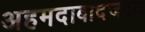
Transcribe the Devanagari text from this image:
अहमदाबादजवळ